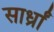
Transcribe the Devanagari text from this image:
सार्ध्रां